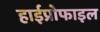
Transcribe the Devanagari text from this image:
हाईप्रोफाइल